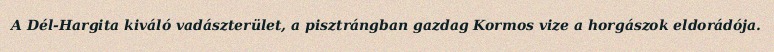
A Dél-Hargita kiváló vadászterület, a pisztrángban gazdag Kormos vize a horgászok eldorádója.